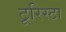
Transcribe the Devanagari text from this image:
टूरिस्टा